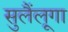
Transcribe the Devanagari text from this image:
सुलैंलूगा